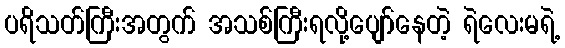
ပရိသတ်ကြီးအတွက် အသစ်ကြီးရလို့ပျော်နေတဲ့ ရဲလေးမရဲ့